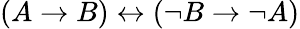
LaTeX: (A\to B)\leftrightarrow(\neg B\to\neg A)